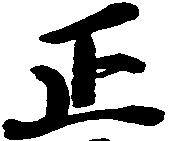
正